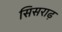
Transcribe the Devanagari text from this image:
सिसराढ़